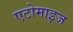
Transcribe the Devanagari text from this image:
एटोमाइज